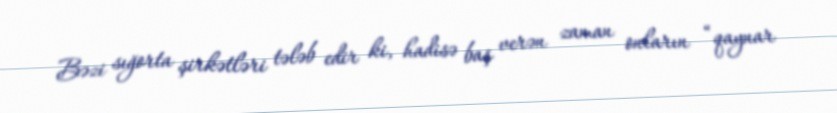
Bəzi sığorta şirkətləri tələb edir ki, hadisə baş verən zaman onların “qaynar